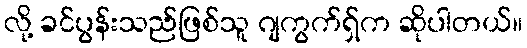
လို့ ခင်ပွန်းသည်ဖြစ်သူ ဂျကွက်ရှ်က ဆိုပါတယ်။